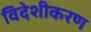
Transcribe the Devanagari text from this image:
विदेशीकरण